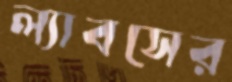
ল্যাবসের